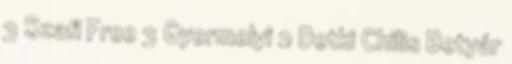
3 Szafi Free 3 Gyermelyi 2 Detki Chilis Betyár